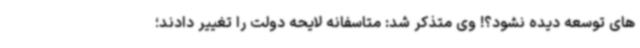
های توسعه دیده نشود؟! وی متذکر شد: متاسفانه لایحه دولت را تغییر دادند؛